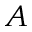
_ A